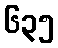
၆၃၅